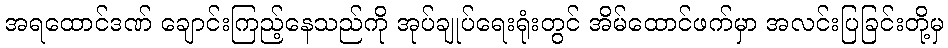
အရထောင်ဒဏ် ချောင်းကြည့်နေသည်ကို အုပ်ချုပ်ရေးရုံးတွင် အိမ်ထောင်ဖက်မှာ အလင်းပြခြင်းတို့မှ